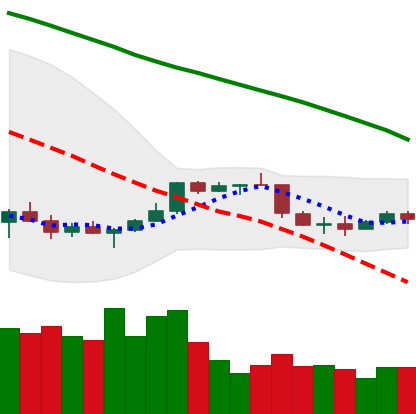
Ticker: NEO-USD
Chart end date: 2022-01-03
Forward return: -12.931%
Label: down_7plus